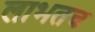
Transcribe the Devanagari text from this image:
लाभतच